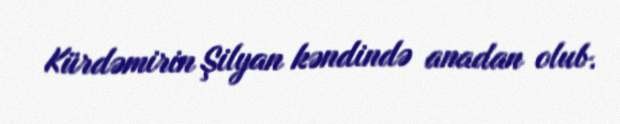
Kürdəmirin Şilyan kəndində anadan olub.